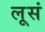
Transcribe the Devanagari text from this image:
लूसं